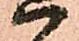
ハ